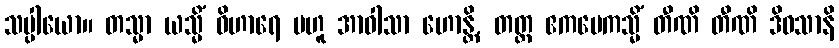
သပ္ပါယော။ တသ္မာ ယသ္မိံ ဝိဟာရေ ဗဟူ အာဝါသာ ဟောန္တိ, တတ္ထ ဧကမေကသ္မိံ တီဏိ တီဏိ ဒိဝသာနိ